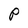
Character: P